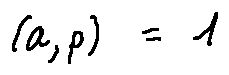
( a , p ) = 1